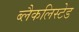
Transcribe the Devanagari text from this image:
ब्लैकलिस्टेड